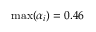
\operatorname* { m a x } ( \alpha _ { i } ) = 0 . 4 6